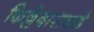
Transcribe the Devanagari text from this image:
किल्लेदाराकडे